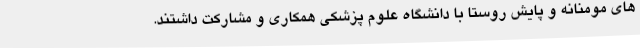
های مومنانه و پایش روستا با دانشگاه علوم پزشکی همکاری و مشارکت داشتند.